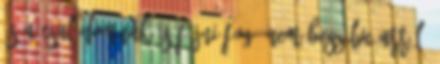
és a családomnak is fájni fog. Nem beszélve arról,